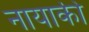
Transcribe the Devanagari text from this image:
नायाकी